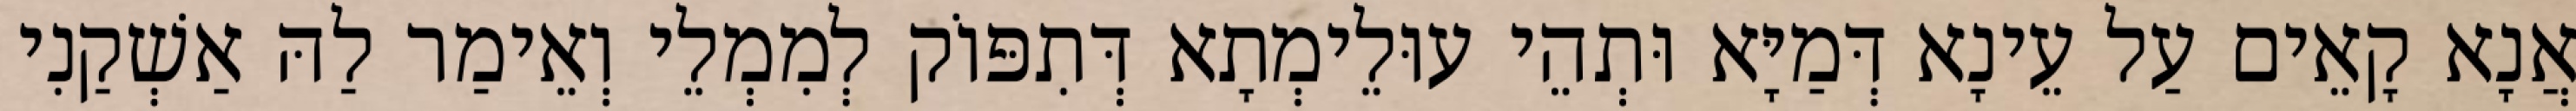
אֲנָא קָאֵים עַל עֵינָא דְּמַיָּא וּתְהֵי עוּלֵימְתָא דְּתִפּוֹק לְמִמְלֵי וְאֵימַר לַהּ אַשְׁקַנִי